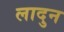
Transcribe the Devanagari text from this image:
लादुन